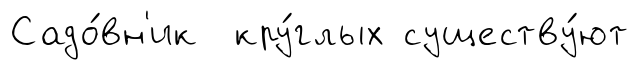
Садо́вн'ик кру́глых существу́ют